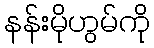
နန်းမိုဟွမ်ကို